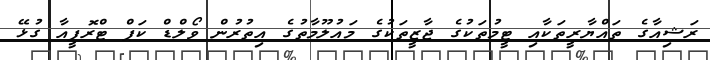
ރަޝިއާގެ ތައްޔާރީތަކާއި ޓީމުތަކުގެ ޖާޒީތަކުގެ މައުލޫމާތުގެ އިތުރުން ވޯލްޑް ކަޕް ޓްރޮފީއާ ގުޅޭ